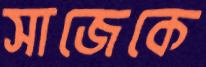
সাজেকে